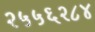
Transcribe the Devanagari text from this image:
२५५६२८४